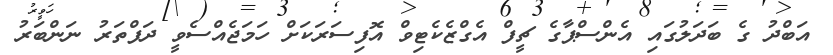
އަބްދު ގެ ބަދަލުގައި އެންސްޕާގެ ޗީފް އެގްޒެކެޓިވް އޮފިސަރަކަށް ހަމަޖެއްސެވީ ދަފްތަރު ނަންބަރު